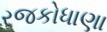
રજકોધાણા